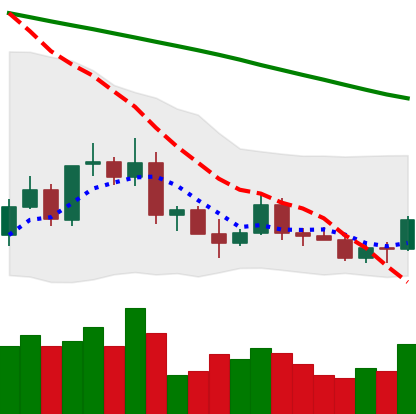
Ticker: ETC-USD
Chart end date: 2022-03-16
Forward return: 40.497%
Label: up_7plus